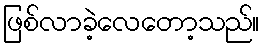
ဖြစ်လာခဲ့လေတော့သည်။